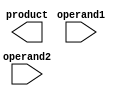
module dadda_multiplier (
  input [7:0] operand1,
  input [7:0] operand2,
  output [15:0] product
);

wire [15:0] partial_products [7:0];
wire [15:0] partial_sums [28:0];

assign partial_products[0] = operand1 * operand2;

genvar i;
generate
  for (i = 1; i < 8; i = i + 1) begin : gen_partial_products
    assign partial_products[i] = {partial_products[i-1][7:0], 8'd0} + (partial_products[i-1] << i);
  end
endgenerate

generate
  for (i = 0; i < 29; i = i + 1) begin : gen_partial_sums
    assign partial_sums[i+1] = partial_sums[i] + {partial_products[i][7:0], 8'd0};
  end
endgenerate

assign product = partial_sums[28];

endmodule